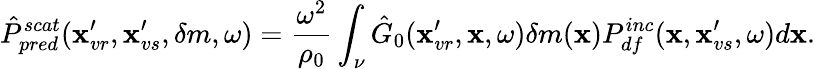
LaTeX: \hat{P}_{pred}^{scat}(\textbf{x}_{vr}^{\prime},\textbf{x}_{vs}^{\prime},\delta m,\omega)=\frac{\omega^{2}}{\rho_{0}}\int_{\nu}\hat{G}_{0}(\textbf{x}_{vr}^{\prime},\textbf{x},\omega)\delta m(\textbf{x})P_{df}^{inc}(\textbf{x},\textbf{x}_{vs}^{\prime},\omega)d\textbf{x}.